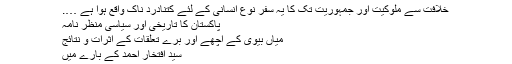
خلافت سے ملوکیت اور جمہوریت تک کا یہ سفر نوعِ انسانی کے لئے کتنادرد ناک واقع ہوا ہے ….
پاکستان کا تاریخی اور سیاسی منظر نامہ
میاں بیوی کے اچھے اور برے تعلقات کے اثرات و نتائج
سید افتخار احمد کے بارے میں